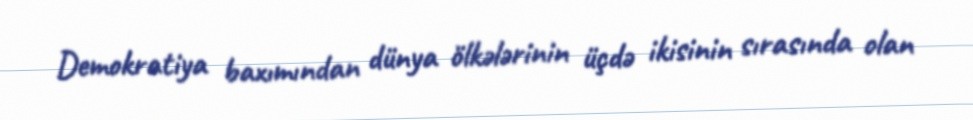
Demokratiya baxımından dünya ölkələrinin üçdə ikisinin sırasında olan